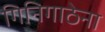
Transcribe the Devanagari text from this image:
गिनिगाठेना